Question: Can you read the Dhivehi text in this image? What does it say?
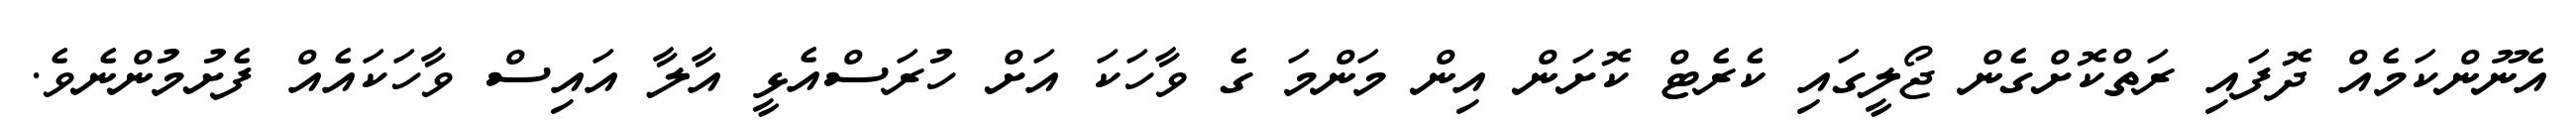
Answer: އެނޫންކަމެއް ދޮފައި ރަތްކޮށްގެން ޖޯލީގައި ކެރެޓް ކޮށަން އިން މަންމަ ގެ ވާހަކަ އަށް ހުރަސްއެޅީ އާލާ އައިސް ވާހަކައެއް ފެށުމުންނެވެ.